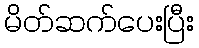
မိတ်ဆက်ပေးပြီး